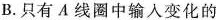
B. 只有 A 线圈中输入变化的